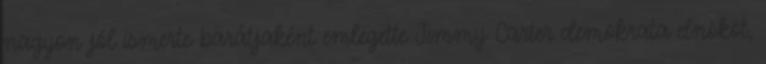
nagyon jól ismerte: barátjaként emlegette Jimmy Carter demokrata elnököt,